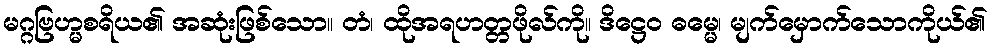
မဂ္ဂဗြဟ္မစရိယ၏ အဆုံးဖြစ်သော။ တံ၊ ထိုအရဟတ္တဖိုလ်ကို။ ဒိဋ္ဌေဝ ဓမ္မေ၊ မျက်မှောက်သောကိုယ်၏